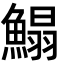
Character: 鰨